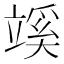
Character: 𥪦